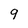
Character: 9